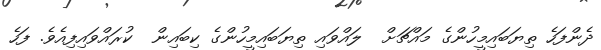
ދެންފަހެ ތިޔަބައިމީހުންގެ މައްޗަށް  ލައްވައި ތިޔަބައިމީހުންގެ ކިބައިން  ކުރައްވައިފިއެވެ. ފަހެ